Report on vaccination in the Province of Bengal - 1869-1873
Year: 1869
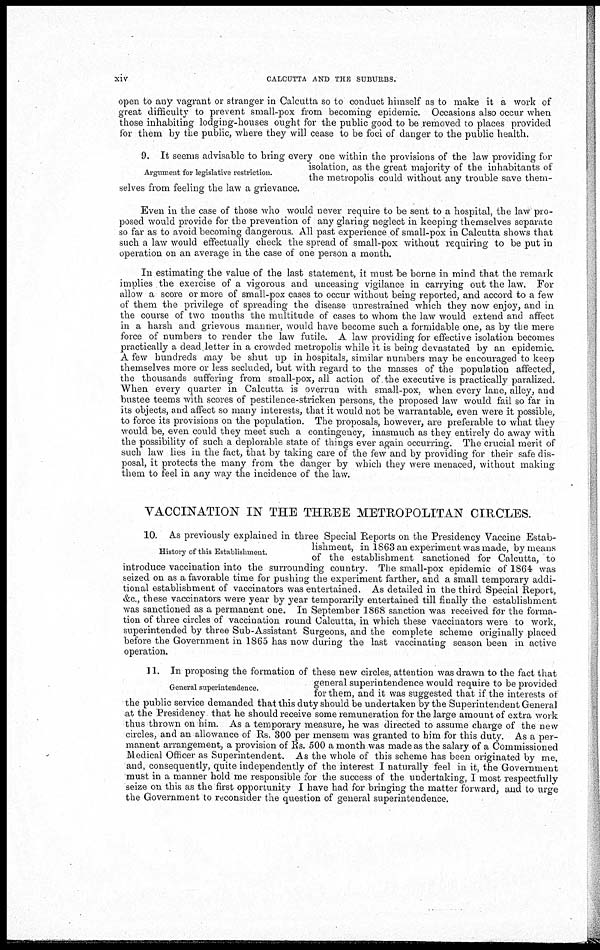
xiv
CALCUTTA AND THE SUBURBS.
open to any vagrant or stranger in Calcutta so to conduct himself as to make it a work of
great difficulty to prevent small-pox from becoming epidemic. Occasions also occur when
those inhabiting lodging-houses ought for the public good to be removed to places provided
for them by the public, where they will cease to be foci of danger to the public health.
Argument for legislative restriction.
selves from feeling the law a grievance.
9. It seems advisable to bring every one within the provisions of the law providing for
isolation, as the great majority of the inhabitants of
the metropolis could without any trouble save them-
selves from feeling the law a grievance.
Even in the case of those who would never require to be sent to a hospital, the law pro-
posed would provide for the prevention of any glaring neglect in keeping themselves separate
so far as to avoid becoming dangerous. All past experience of small-pox in Calcutta shows that
such a law would effectually check the spread of small-pox without requiring to be put in
operation on an average in the case of one person a month.
In estimating the value of the last statement, it must be borne in mind that the remark
implies the exercise of a vigorous and unceasing vigilance in carrying out the law. For
allow a score or more of small-pox cases to occur without being reported, and accord to a few
of them the privilege of spreading the disease unrestrained which they now enjoy, and in
the course of two months the multitude of cases to whom the law would extend and affect
in a harsh and grievous manner, would have become such a formidable one, as by the mere
force of numbers to render the law futile. A law providing for effective isolation becomes
practically a dead letter in a crowded metropolis while it is being devastated by an epidemic.
A few hundreds may be shut up in hospitals, similar numbers may be encouraged to keep
themselves more or less secluded, but with regard to the masses of the population affected,
the thousands suffering from small-pox, all action of the executive is practically paralized.
When every quarter in Calcutta is overrun with small-pox, when every lane, alley, and
bustee teems with scores of pestilence-stricken persons, the proposed law would fail so far in
its objects, and affect so many interests, that it would not be warrantable, even were it possible,
to force its provisions on the population. The proposals, however, are preferable to what they
would be, even could they meet such a contingency, inasmuch as they entirely do away with
the possibility of such a deplorable state of things ever again occurring. The crucial merit of
such law lies in the fact, that by taking care of the few and by providing for their safe dis-
posal, it protects the many from the danger by which they were menaced, without making
them to feel in any way the incidence of the law.
VACCINATION IN THE THREE METROPOLITAN CIRCLES.
History of this Establishment.
10. As previously explained in three Special Reports on the Presidency Vaccine Estab-
lishment, in 1863 an experiment was made, by means
of the establishment sanctioned for Calcutta, to
introduce vaccination into the surrounding country. The small-pox epidemic of 1864 was
seized on as a favorable time for pushing the experiment farther, and a small temporary addi-
tional establishment of vaccinators was entertained. As detailed in the third Special Report,
&c., these vaccinators were year by year temporarily entertained till finally the establishment
was sanctioned as a permanent one. In September 1868 sanction was received for the forma-
tion of three circles of vaccination round Calcutta, in which these vaccinators were to work,
superintended by three Sub-Assistant Surgeons, and the complete scheme originally placed
before the Government in 1865 has now during the last vaccinating season been in active
operation.
General superintendence.
11. In proposing the formation of these new circles, attention was drawn to the fact that
general superintendence would require to be provided
for them, and it was suggested that if the interests of
the public service demanded that this duty should be undertaken by the Superintendent General
at the Presidency that he should receive some remuneration for the large amount of extra work
thus thrown on him. As a temporary measure, he was directed to assume charge of the new
circles, and an allowance of Rs. 300 per mensem was granted to him for this duty. As a per-
manent arrangement, a provision of Rs. 500 a month was made as the salary of a Commissioned
Medical Officer as Superintendent. As the whole of this scheme has been originated by me,
and, consequently, quite independently of the interest I naturally feel in it, the Government
must in a manner hold me responsible for the success of the undertaking, 1 most respectfully
seize on this as the first opportunity I have had for bringing the matter forward, and to urge
the Government to reconsider the question of general superintendence.